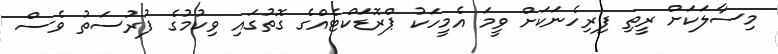
މިސާލަކަށް ރީތި ފިރިހެނަކަށް ވީމަ އެމީހަކު ޕްރޮޑަކްޓެއްގެ ގޮތުގައި ވިކުމުގެ ފުރުސަތު ވެސް